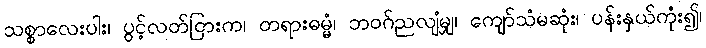
သစ္စာလေးပါး၊ ပွင့်လတ်ငြားက၊ တရားဓမ္မံ၊ ဘဝဂ်ညလျံမျှ၊ ကျော်သံမဆုံး၊ ပန်းနှယ်ကုံး၍၊